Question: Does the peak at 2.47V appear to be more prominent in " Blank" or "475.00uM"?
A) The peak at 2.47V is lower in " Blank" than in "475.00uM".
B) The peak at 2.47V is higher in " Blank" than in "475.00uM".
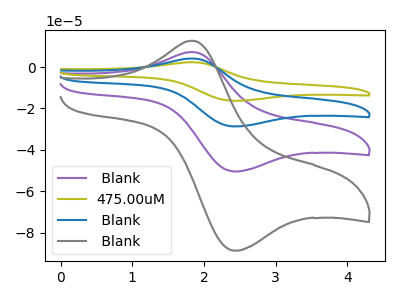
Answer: <think>The purple curve " Blank" has an anodic peak at (1.85V, 7.25uA) and a cathodic peak at (2.45V, -50.35uA). The olive curve "475.00uM" has an anodic peak at (1.85V, 21.70uA) and a cathodic peak at (2.45V, -151.05uA). The blue curve " Blank" has an anodic peak at (1.85V, 14.45uA) and a cathodic peak at (2.45V, -100.70uA). The gray curve " Blank" has an anodic peak at (1.85V, 12.70uA) and a cathodic peak at (2.45V, -88.50uA).</think>
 <answer>A) The peak at 2.47V is lower in " Blank" than in "475.00uM".</answer>
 <eval>A</eval>